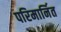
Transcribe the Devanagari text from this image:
परिमार्नित